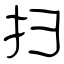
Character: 扫